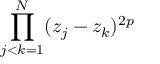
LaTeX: \prod _ { j < k = 1 } ^ { N } ( z _ { j } - z _ { k } ) ^ { 2 p }